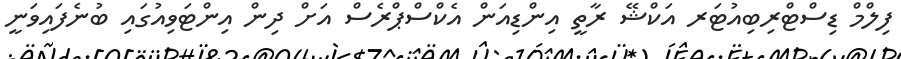
ފިލްމް ޑިސްޓްރިބިއުޓަރ އަކްޝޭ ރާތީ އިންޑިއަން އެކްސްޕްރެސް އަށް ދިން އިންޓަވިއުގައި ބުނެފައިވަނީ